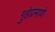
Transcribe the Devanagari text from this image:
गुहेप्रमाणे